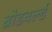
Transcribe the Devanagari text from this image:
ब्रोडवर्ल्ड